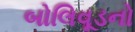
બોલિવૂડનો